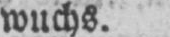
wuchs.